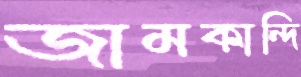
জামকান্দি